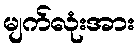
မျက်လုံးအား